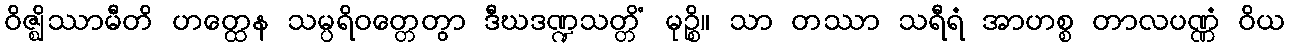
ဝိဇ္ဈိဿာမီတိ ဟတ္ထေန သမ္ပရိဝတ္တေတွာ ဒီဃဒဏ္ဍသတ္တိံ မုဉ္စိ။ သာ တဿာ သရီရံ အာဟစ္စ တာလပဏ္ဏံ ဝိယ